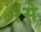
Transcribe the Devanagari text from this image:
१से